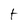
Character: t